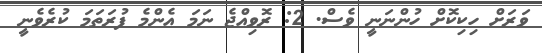
ވަރަށް ހިކިކޮށް ހުންނަނީ ވެސް. 2: ރޮވިއްޖެ ނަމަ އެންމެ ފުރަތަމަ ކުރެވެނީ